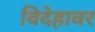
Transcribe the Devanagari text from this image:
विदेहावर